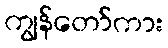
ကျွန်တော်ကား